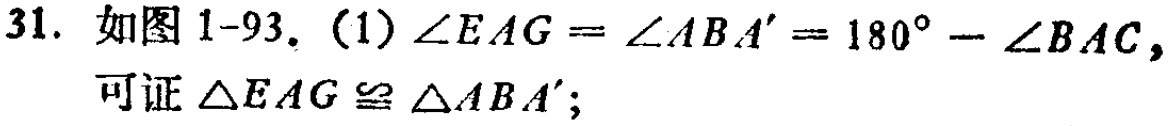
31. 如图 1-93. (1) \(\angle EAG=\angle ABA' = 180^{\circ}-\angle BAC\)，

可证 \(\triangle EAG\cong\triangle ABA'\)；